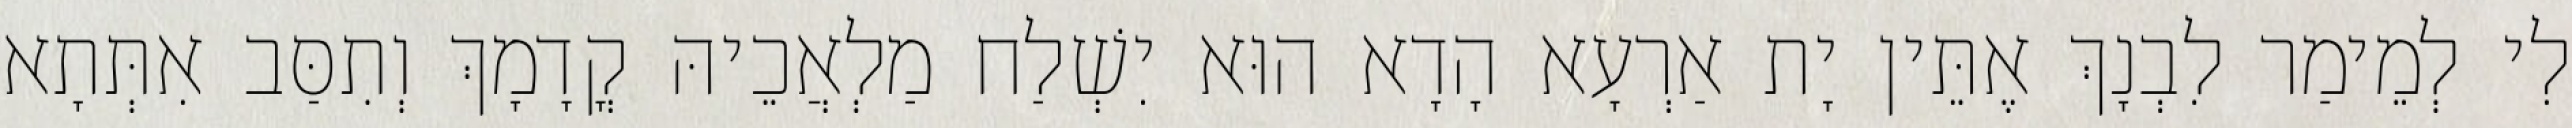
לִי לְמֵימַר לִבְנָךְ אֶתֵּין יָת אַרְעָא הָדָא הוּא יִשְׁלַח מַלְאֲכֵיהּ קֳדָמָךְ וְתִסַּב אִתְּתָא